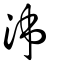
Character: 泲